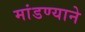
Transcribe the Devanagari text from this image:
मांडण्याने